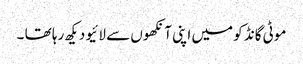
موٹی گانڈ کو میں اپنی آنکھوں سے لائیو دیکھ رہا تھا ۔